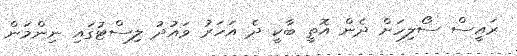
ރައީސް ސޯލިހަށް ދެން އޮތީ ބާކީ ދެ އަހަރު ވައުދު ލިސްޓުގައި ނިންމަން